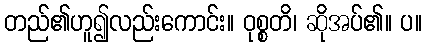
တည်၏ဟူ၍လည်းကောင်း။ ဝုစ္စတိ၊ ဆိုအပ်၏။ ပ။